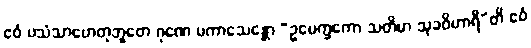
ဧဝံ ပသံသာဟေတုဘူတေ ဂုဏေ ပကာသေန္တော “ဥပေက္ခကော သတိမာ သုခဝိဟာရီ”တိ ဧဝံ